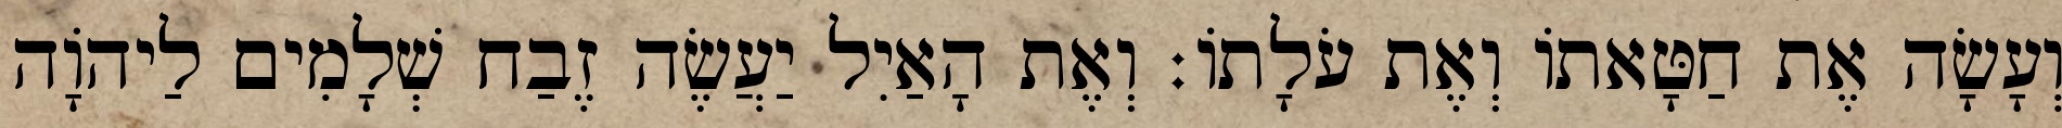
וְעָשָׂה אֶת חַטָּאתוֹ וְאֶת עֹלָתוֹ׃ וְאֶת הָאַיִל יַעֲשֶׂה זֶבַח שְׁלָמִים לַיהֹוָה